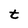
Character: t